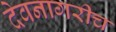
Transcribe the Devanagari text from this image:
देवनागरीच